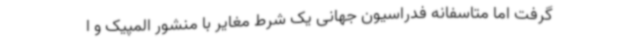
گرفت اما متاسفانه فدراسیون جهانی یک شرط مغایر با منشور المپیک و ا